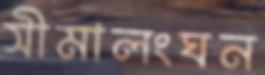
সীমালংঘন